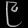
Digit: ၉